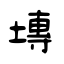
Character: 塼